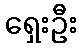
ရှေးဦး